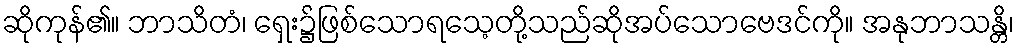
ဆိုကုန်၏။ ဘာသိတံ၊ ရှေး၌ဖြစ်သောရသေ့တို့သည်ဆိုအပ်သောဗေဒင်ကို။ အနုဘာသန္တိ၊